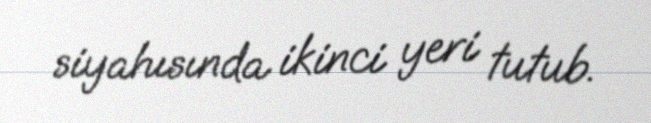
siyahısında ikinci yeri tutub.